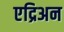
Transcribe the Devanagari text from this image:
एद्रिअन